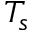
T _ { s }